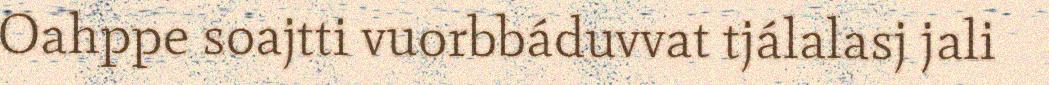
Oahppe soajtti vuorbbáduvvat tjálalasj jali